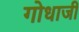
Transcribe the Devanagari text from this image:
गोधाजी